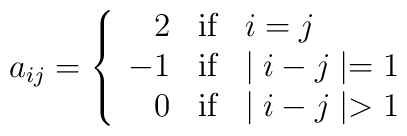
a_{ij}= \left\{ \begin{array}{rll} 2 &\mbox{if}&i=j\\                                    -1 &\mbox{if}& \mid i-j\mid =1\\                                    0 &\mbox{if}& \mid i-j\mid >1\end{array}\right.